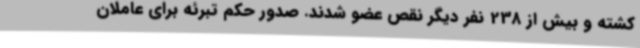
کشته و بیش از 238 نفر دیگر نقص عضو شدند. صدور حکم تبرئه برای عاملان